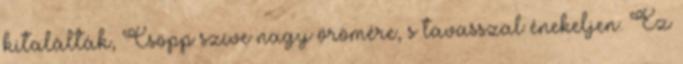
kitalálták, Csöpp szíve nagy örömére, s tavasszal énekeljen. Ez